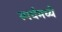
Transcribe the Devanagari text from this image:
स्पर्धमध्ये